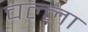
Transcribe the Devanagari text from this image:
चल्ला